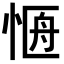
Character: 𭝐